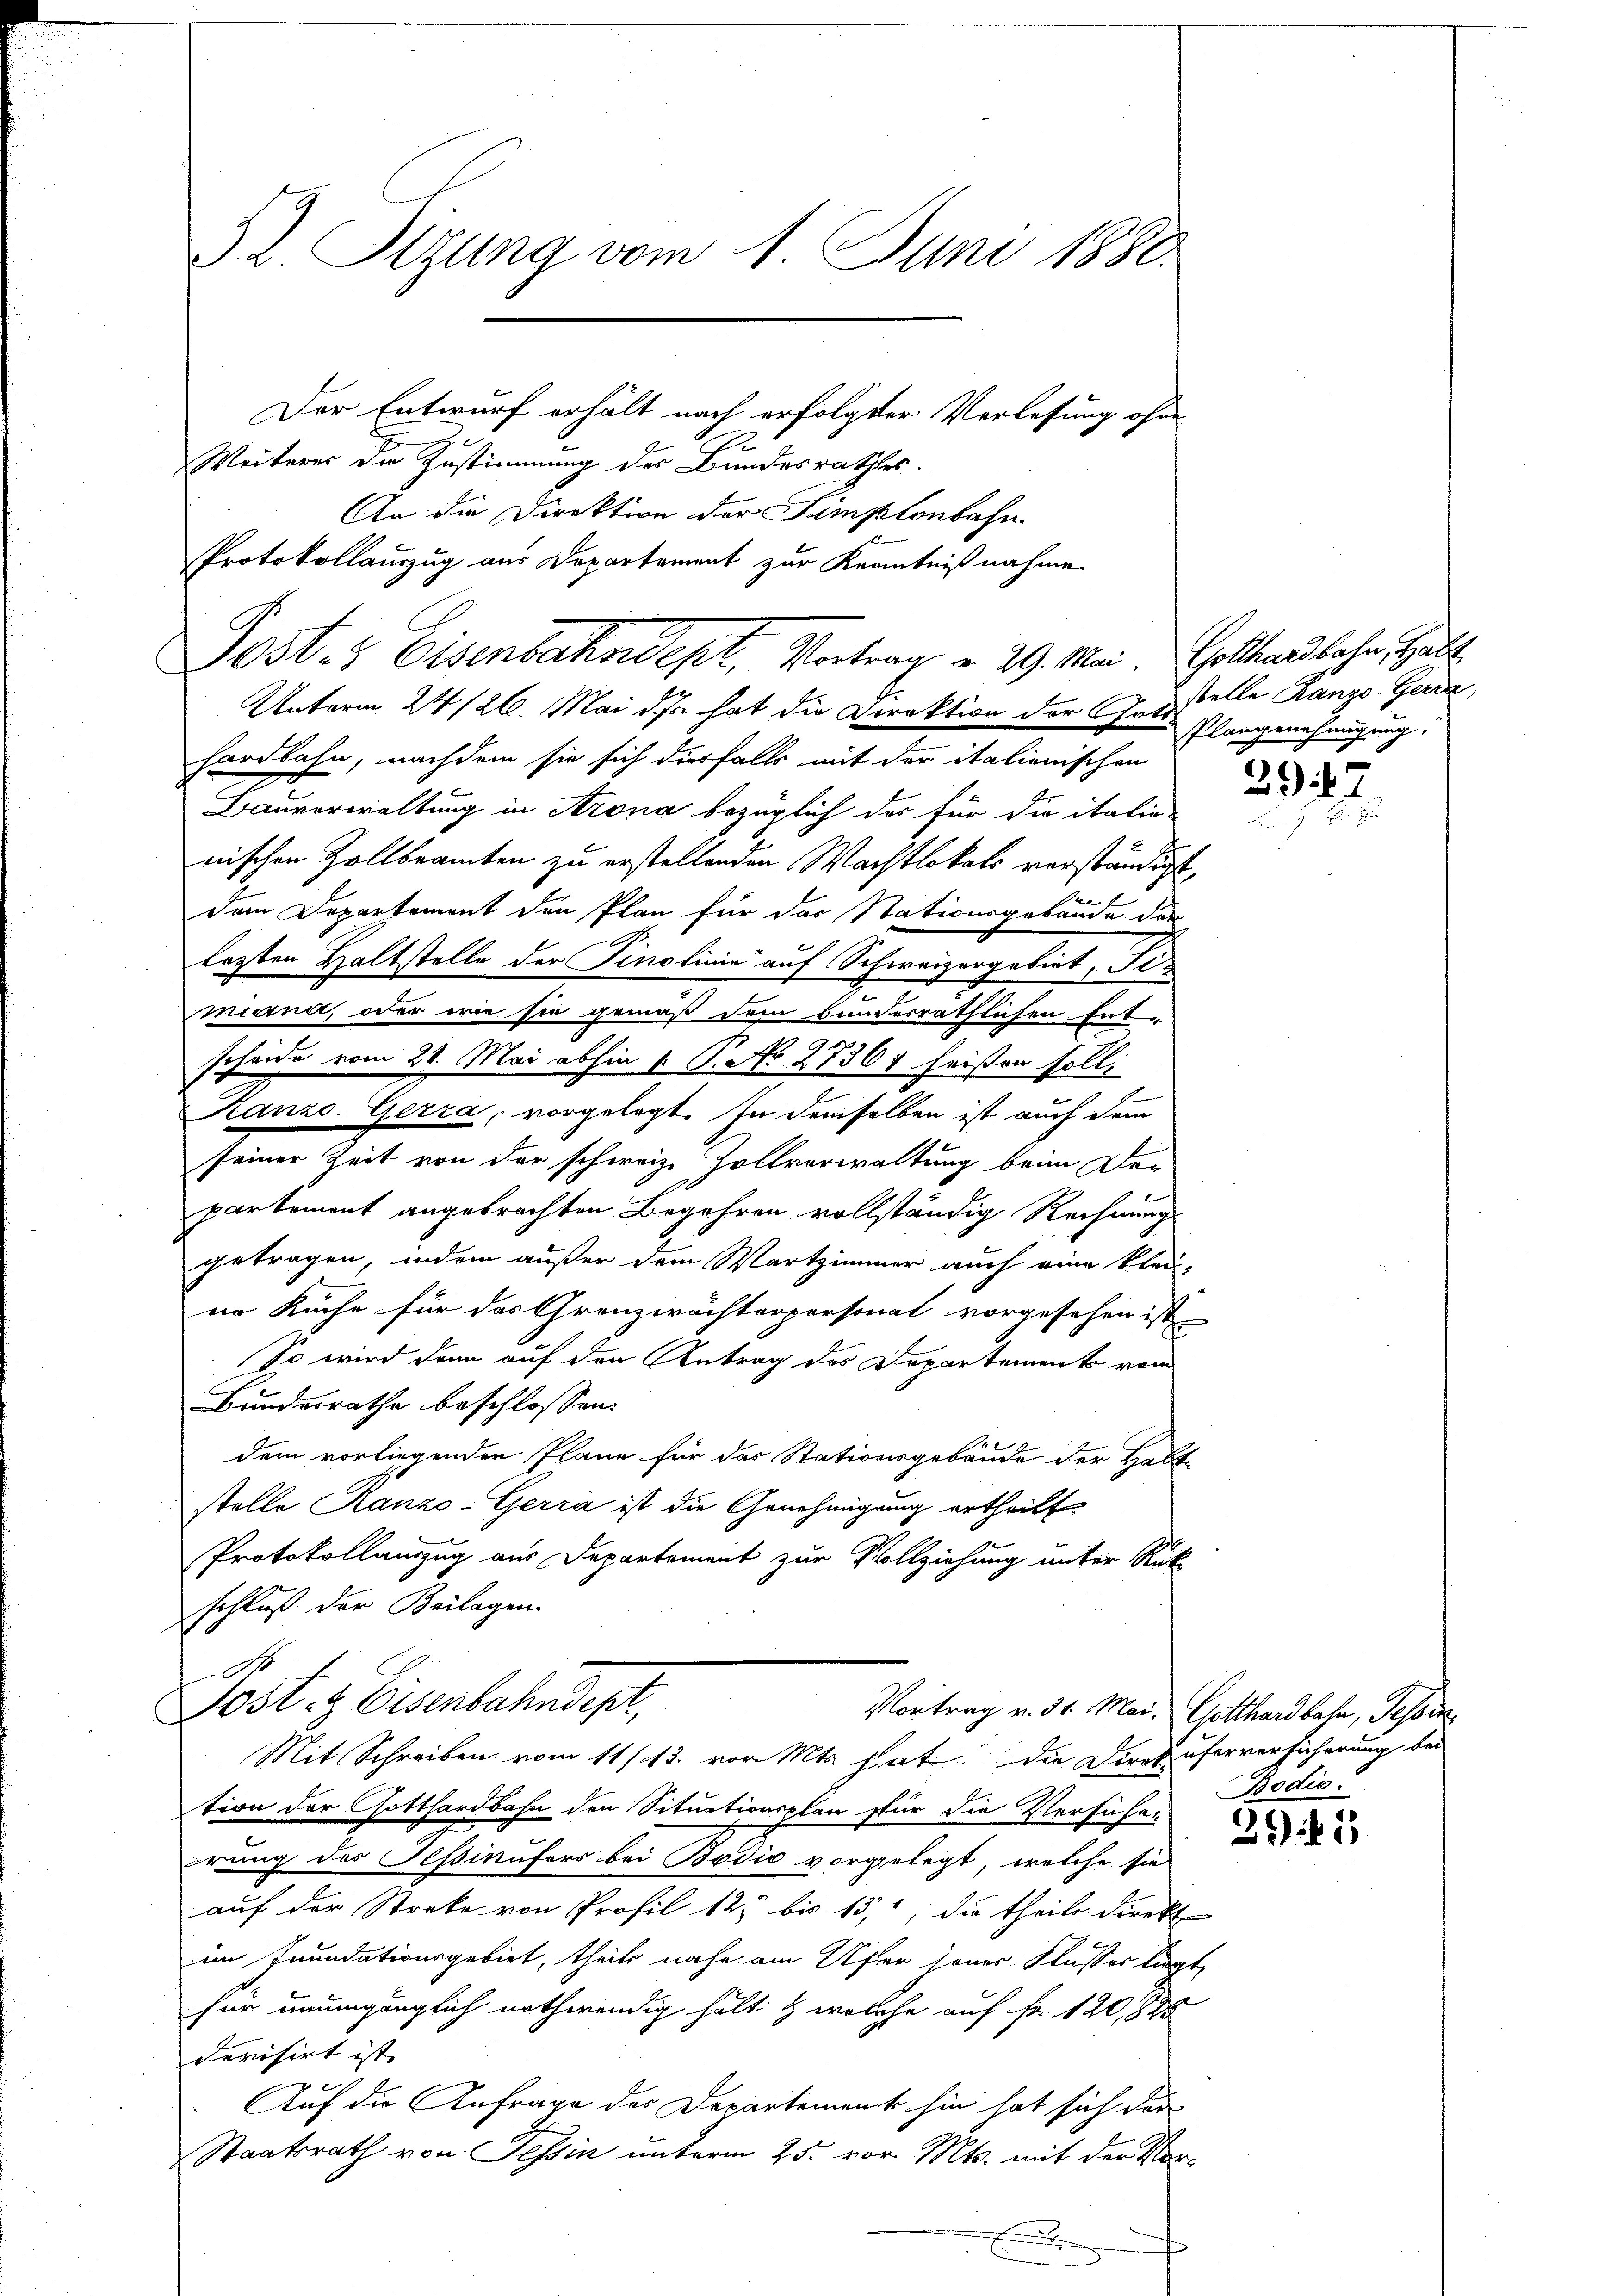
An die Direktion der Simplonbahn
Unterm 24 /26. Mai da hat die Direktion der Gottstelle Rangs-Gerra,
hardbahn, nachdem sie sich diesfalls mit der italionischen
Bauverwaltung in Arona bezüglich der für die italin-
nischen Zollbeamten zu erstellenden Wachtlokals verständigt,
dem Departement den Plan für das Stationsgebäude der
lezten Haltstelle der Pinolinie auf Schweizergebiet, Fimiand, oder wie sie gemäß dem bundesräthlichen Ent-
scheide vom 21. Mai abhin 1. P. No 27367 heißen soll,
Ranzo-Gerra, vorgelegt. In demselben ist auch dem
seiner Zeit von der schweiz. Zollverwaltung beim De-
partement angebrachten Begehren vollständig Rechnung
getragen, indem außer dem Wartzimmer auch eine klei-
ne Kuche für das Grenzwächterpersonal vorgesehen ist.
So wird dann auf den Antrag des Departement vom
Bundesrathe beschlossen:
dem vorliegenden Pläne für das Stationsgebäude der Halt-
stelle Ranzo-Gerra ist die Genehmigung ertheilt.
Protokollauszug aus Departement zur Vollziehung unter Rück-
schluß der Beilagen.
No
Post- & Eisenbahndepr
Vortrag v. 31. Mai. Gotthardbahn, Tessin
Mit Schreiben vom 11/13. vor. Mts. hat. Die Dirok üferversicherung bei
tion der Gotthardbahn den Situationsplan für die Verführe
prung des Tessinufers bei Bodić vorgelegt, welche sie
auf der Streke von Profil 125 bis 150, die theils direkt
im Inundationsgebiet, theils nahe am Ufer jener Klasser liegt,
für unumgänglich nothwendig hält & welche auf Fr. 120,885
devisirt ist. |
Auf die Anfrage des Departement hin hat sich der
Staatsrath von Tessin unterm 25. vor. Mts. mit der Vor-

S. Tizung vom 1. Juni 1880.
Der Entwurf erhält nach erfolgter Verlesung ohne
h
Weiteres die Zustimmung des Bundesrathes.

Protokollauszug aus Departement zur Kenntnißnahme
Post- & Eisenbahndept, Vortrag v. 29. Mai. Gotthardbahn, Halt

Plangenehmigung.

2947.

Bodio.

395